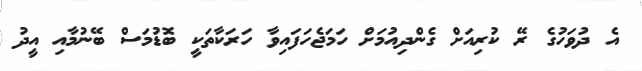
އެ ދުވަހުގެ ރޭ ކުރިއަށް ގެންދިއުމަށް ހަމަޖެހަފައިވާ ހަރަކާތަކީ ބޮޑުމަސް ބޭނުމާއި އީދު